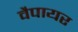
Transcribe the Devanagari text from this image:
वैपायर